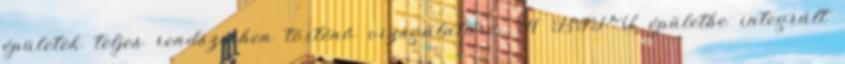
épületek teljes rendszerben történő vizsgálatára. A BIPV épületbe integrált